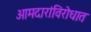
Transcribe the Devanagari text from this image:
आमदारांविरोधात